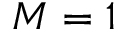
M = 1